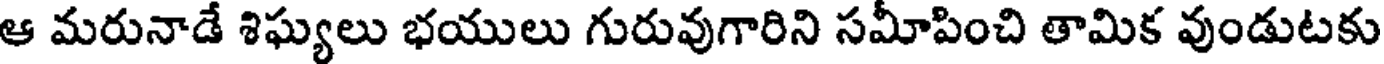
ఆ మరునాడే శిఘ్యలు భయులు గురువుగారిని సమీపించి తామిక వుండుటకు